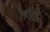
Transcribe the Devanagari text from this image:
लंपा